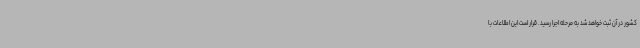
کشور در آن ثبت خواهد شد به مرحله اجرا رسید. قرار است این اطلاعات با